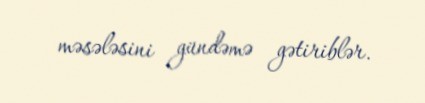
məsələsini gündəmə gətiriblər.